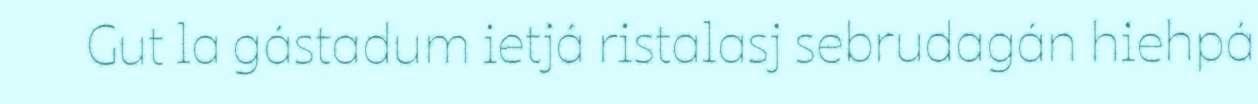
Gut la gástadum ietjá ristalasj sebrudagán hiehpá